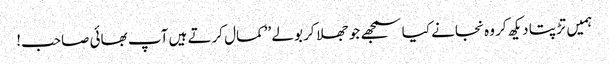
ہمیں تڑپتا دیکھ کر وہ نجانے کیا سمجھے جو جھلا کر بولے ’’کمال کرتے ہیں آپ بھائی صاحب!